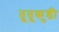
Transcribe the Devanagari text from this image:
तूतूकुडी